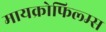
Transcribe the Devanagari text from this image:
मायक्रोफिल्म्स